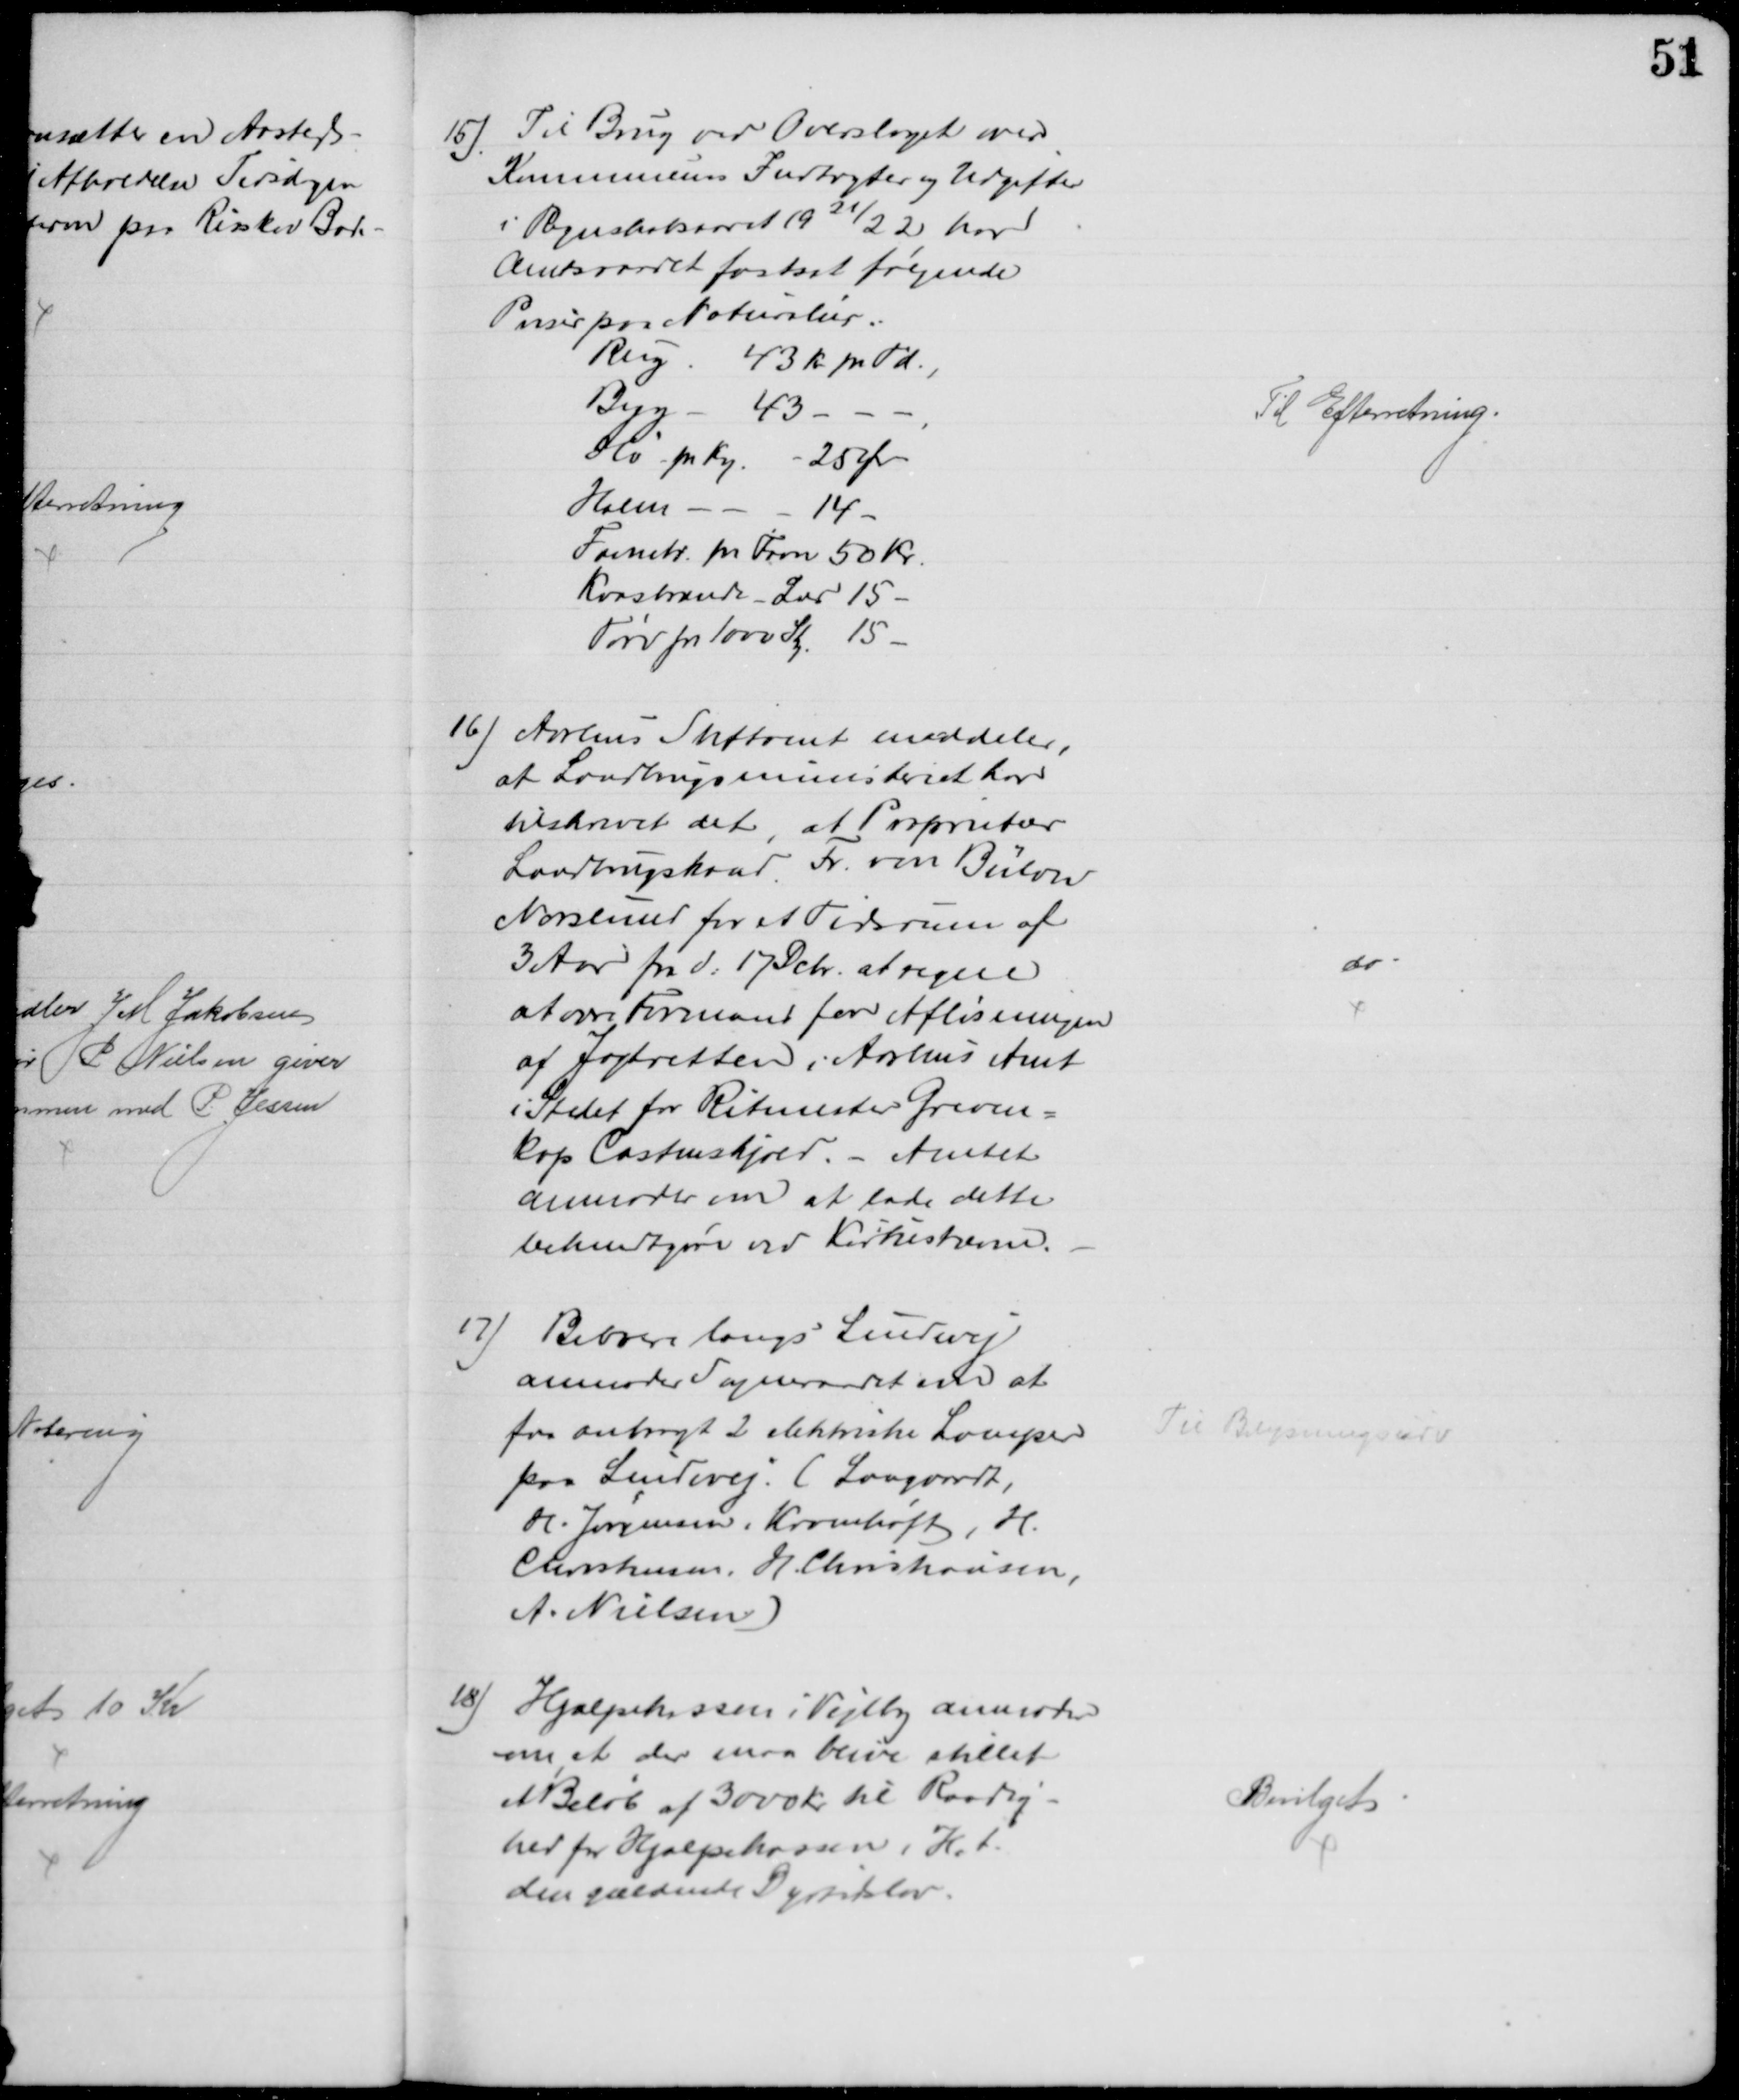
Transskription:
15). Til Brug ved Overslaget over
Kommunens Indtægter og Udgifter
i Regnskabsaaret 1921/22 har
Amtsraadet fastsat følgende
Priser paa Naturalier.
Rug
43 Kr pr Td.,
Byg
43
Hø pr Kg. - 25 Ør
Halm
14
Favntr. pr. Favn 50 Kr.
Kvasbrænde - Løs 15 
Tørv pr 1000 Stk 15
Til Efterretning.
16) Aarhus Stiftamt meddeler,
at Landbrugsministeriet har 
tilskrevet det, at Proprietær
Landbrugskand. Fr. von Bülow
Norslund for et Tidsrum af
3 Aar fra d. 17 Debr. at regne
at være Formand for Afløsningen
af Jagtretten i Aarhus Amt
i Stedet for Ritmester Greven-
kop Castenskjold. - Amtet
anmoder om at lade dette
bekendtgøre ved Kirkestævne.
do
17) Beboere langs Lindevej
anmoder Sogneraadet om at
faa anbragt 2 elektriske Lamper
paa Lindevej. (Langvardt,
H. Jørgensen, Kramhøft, H.
Christensen, H. Christiansen,
A. Nielsen)
Til Belysningsudv
18) Hjælpekassen i Vejlby anmoder
om at der maa blive stillet
et Beløb af 3000 Kr til Raadig-
hed for Hjælpekassen i H.t.
den gældende Dyrtidslov.
Bevilget